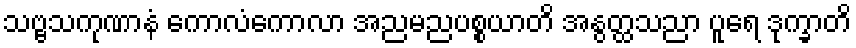
သဗ္ဗသကုဏာနံ ကောလံကောလာ အညမညပစ္စယာတိ အနွတ္ထသညာ ပူရေ ဒုက္ခာတိ